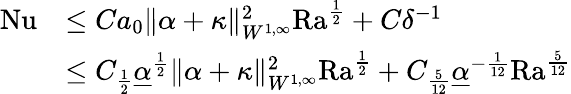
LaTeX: \begin{array}{rl}{\mathrm{{Nu}}}&{\leq Ca_{0}\| \alpha+\kappa\| _{W^{1,\infty}}^{2}{\mathrm{Ra}}^{\frac{1}{2}}+C\delta^{-1}}\\ &{\leq C_{\frac{1}{2}}\underline{{\alpha}}^{\frac{1}{2}}\| \alpha+\kappa\| _{W^{1,\infty}}^{2}\mathrm{{Ra}}^{\frac{1}{2}}+C_{\frac{5}{12}}\underline{{\alpha}}^{-\frac{1}{12}}{\mathrm{Ra}}^{\frac{5}{12}}}\end{array}